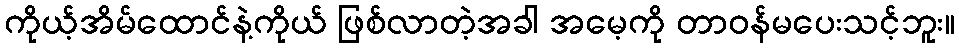
ကိုယ့်အိမ်ထောင်နဲ့ကိုယ် ဖြစ်လာတဲ့အခါ အမေ့ကို တာဝန်မပေးသင့်ဘူး။